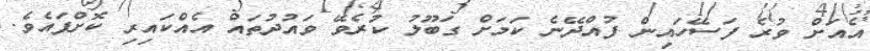
އެއަށް ވުރެ ފަސޭހައިން ފުއްދޭނެ ކަމަށް ގަބޫލު ކުރެވޭ ވައުދުތައް އެއްކައިރި ކޮށްފައެވެ.